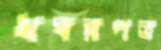
খবরপত্র